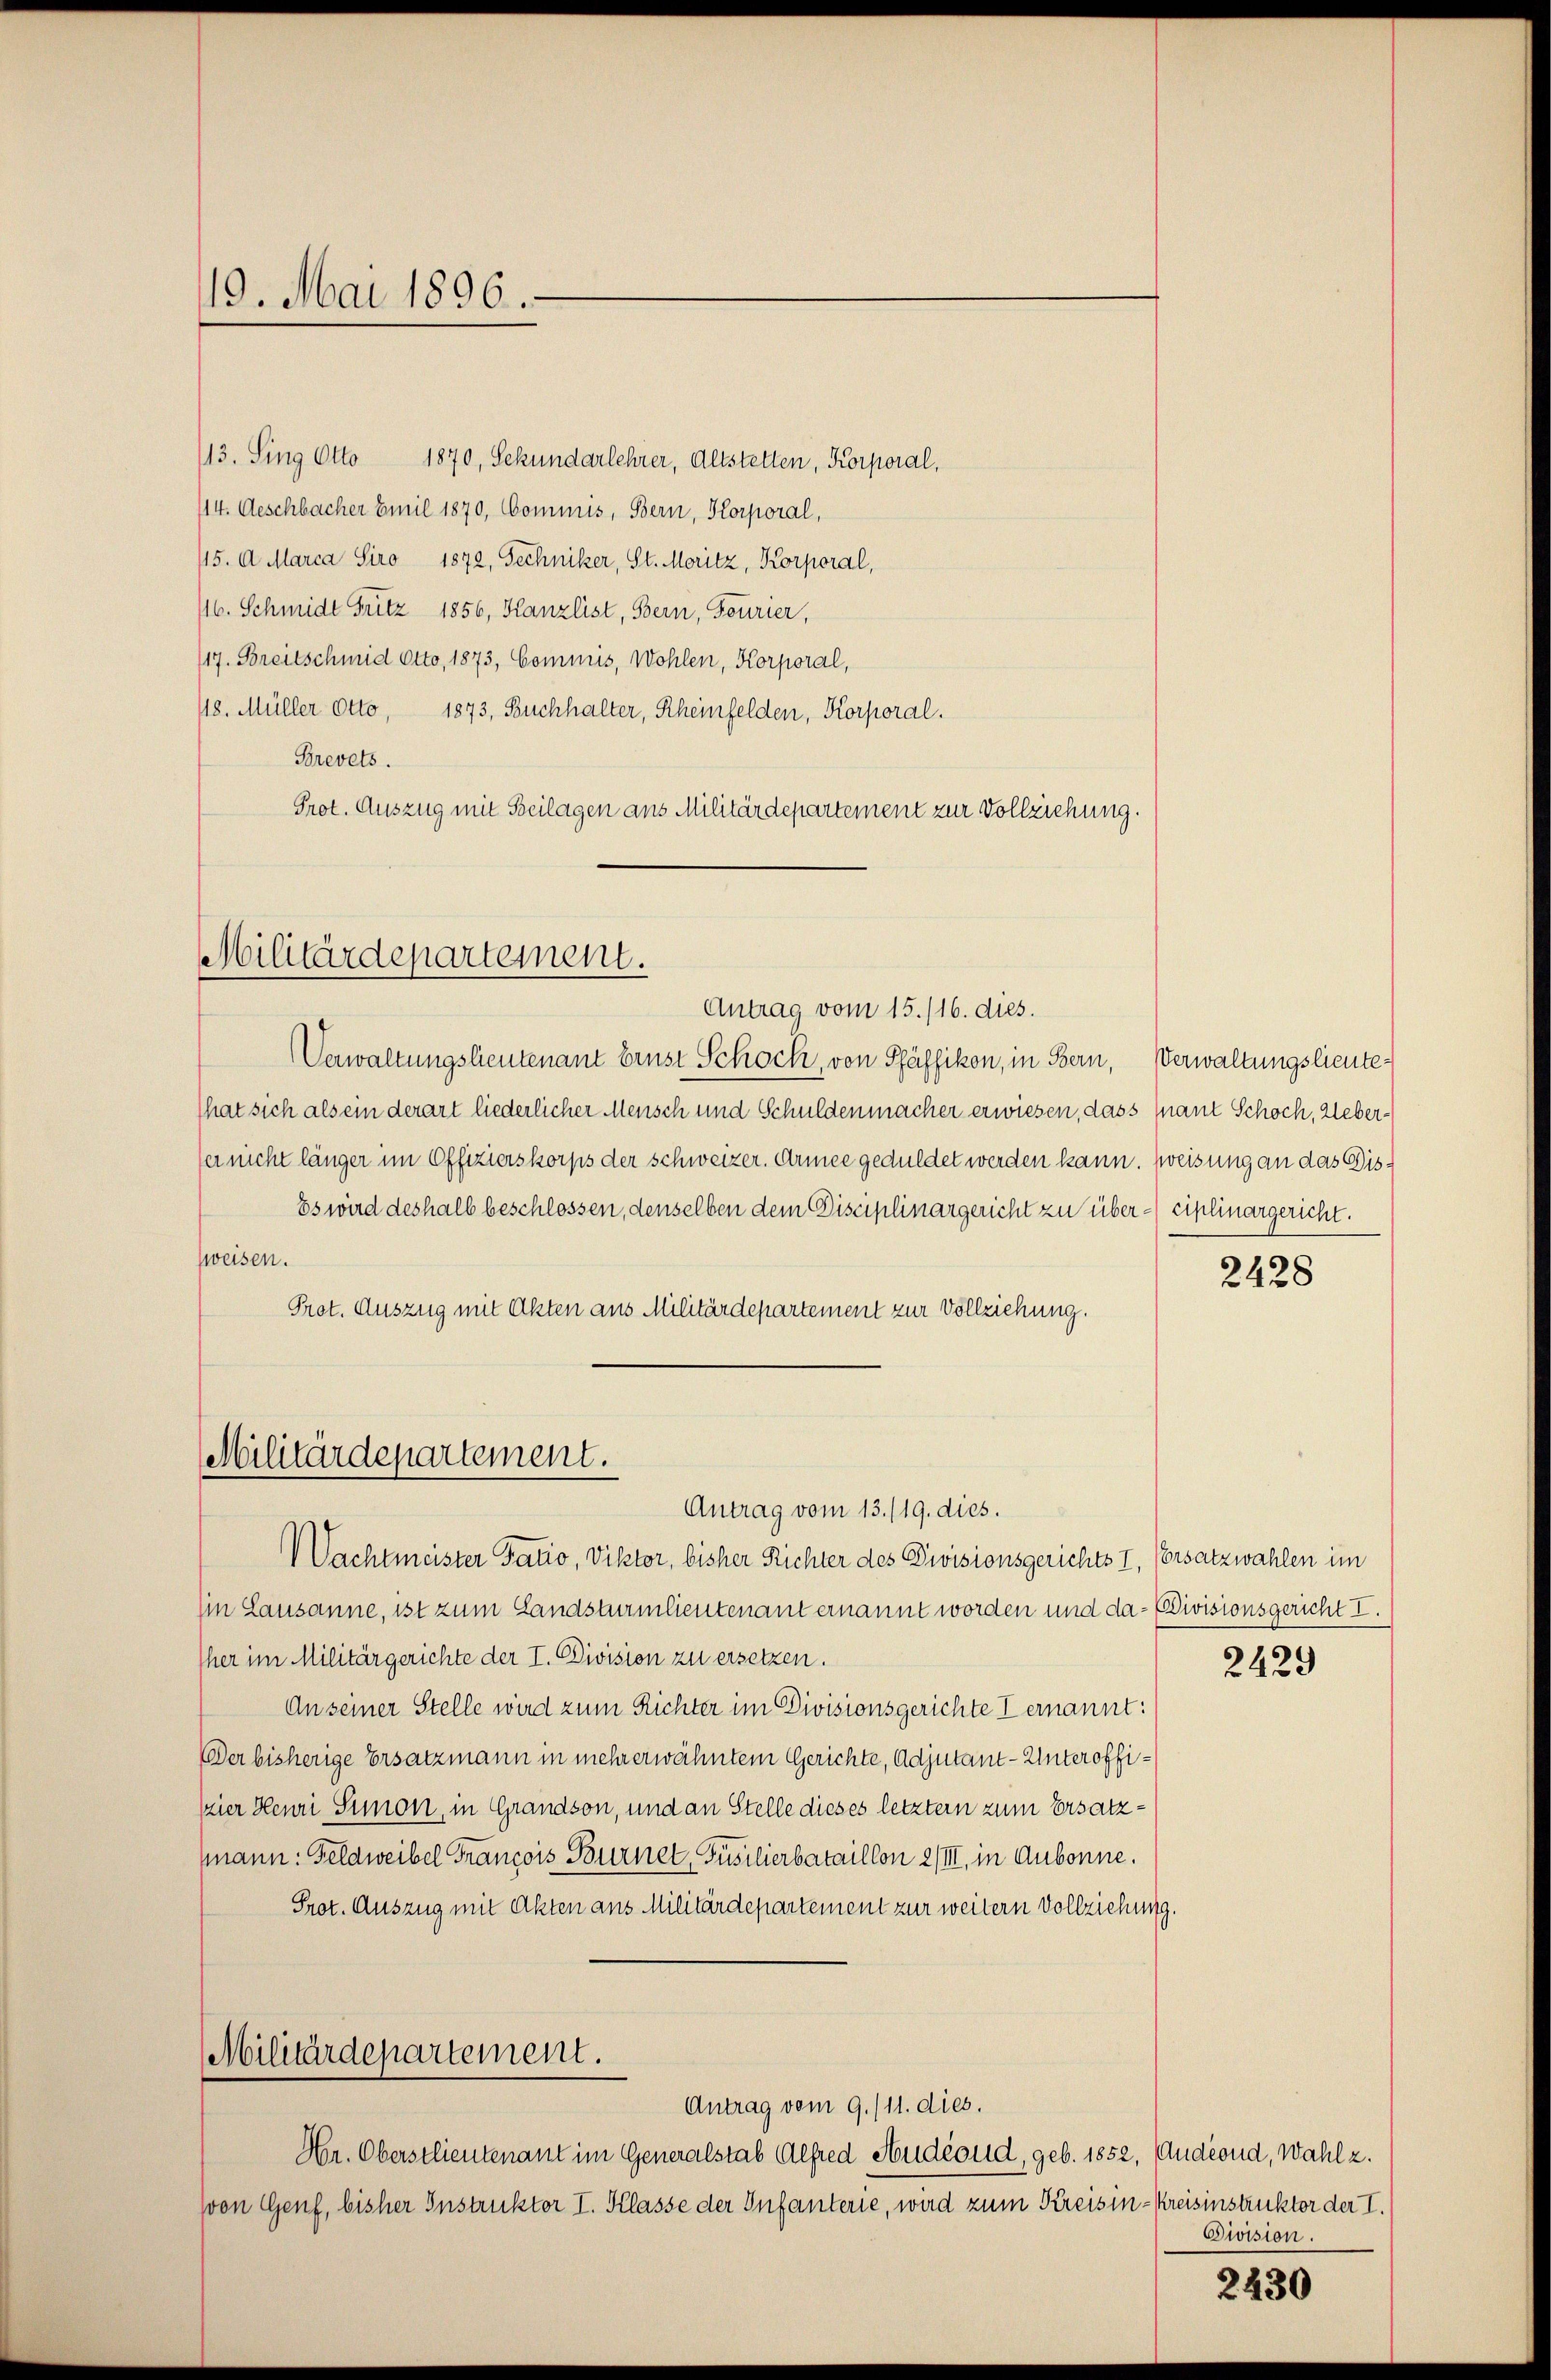
119. Mai 1896.

113. Sing Otto 1870, Sekundarlehrer, Altstetten, Korporal,
114. Aeschbacher Emil 1870, Commis, Bern, Korporal,
115. A. Marca Siro 1872, Techniker, St. Moritz, Korporal,
116. Schmidt Fritz 1856, Kanzlist, Bern, Fourier,
117. Breitschmid Otto, 1873, Commis, Wohlen, Korporal,
118. Müller Otto, 1873, Buchhalter, Rheinfelden, Korporal.
Brevets.
Prot. Auszug mit Beilagen aus Militärdepartement zur Vollziehung.

Militärdepartement.

Verwaltungslieutenant brust Schock, von Pfäffikon, in Bern, Verwaltungslieute
That sich als ein derart liederlicher Mensch und Schuldenmacher erwiesen, dass mant Schoch, Ueberfer nicht länger im Offizierskorps der schweizer. Armee geduldet werden kann. Weisung an das Dis¬
Es wird deshalb beschlossen, denselben dem Disciplinargericht zu über -ciplinargericht.
fweisen.
Prot. Auszug mit Akten aus Militärdepartement zur Vollziehung.
Militärdepartement.

Antrag vom 13./19. dies.

Antrag vom 15./16. dies.

Wachtmeister Tatio, Viktor, bisher Richter des Divisionsgerichts I, Ersatzwahlen im
Iin Lausanne, ist zum Landsturmlieutenant ernannt worden und da-Divisionsgericht I.
her im Militärgerichte der I. Division zu ersetzen.
An seiner Stelle wird zum Richter im Divisionsgerichte I ernannt:
Der bisherige Ersatzmann in mehrerwähntem Gerichte, Adjutant- Unteroffiszier Heuri Simon, in Grandson, und an Stelle dieses letzter zum Ersatzmann: Feldweibel François Burnel, Füsilierbataillon 2/III, in Aubonne.
Prot. Auszug mit Akten aus Militärdepartement zur weitern Vollziehung.
Militärdepartement.
Antrag vom 9./11. dies.
Hr. Oberstlieutenant im Generalstab Alfred Andeond, geb. 1852, (Andernd, Wahl z.
(von Genf, bisher Instruktor I. Klasse der Infanterie, wird zum Kreisen-Kreisinstruktor der I.

2428

2429

Sivision.

2430